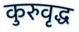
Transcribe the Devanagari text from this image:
कुरुवृद्ध